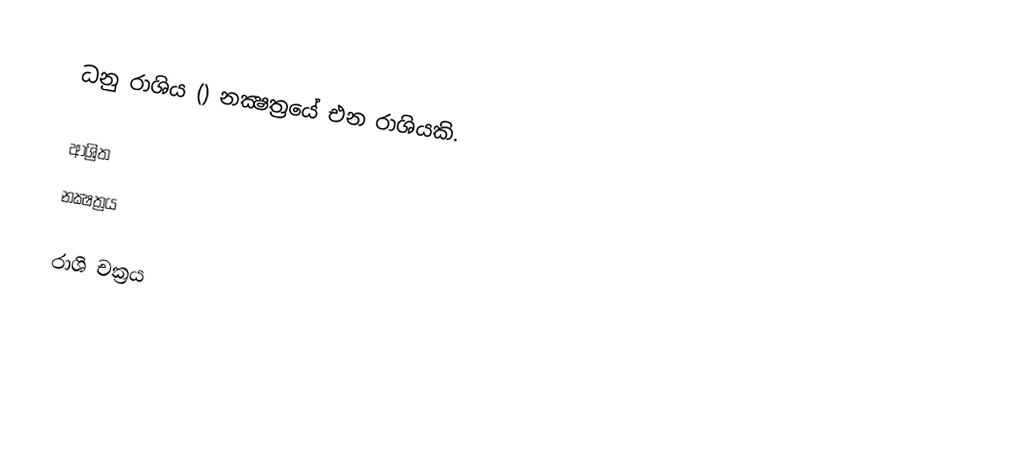
ධනු රාශිය () නක්‍ෂත්‍රයේ එන රාශියකි.

ආශ්‍රිත
 නක්‍ෂත්‍රය

රාශි චක්‍රය